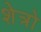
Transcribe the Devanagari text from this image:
शेत्रो